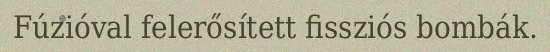
Fúzióval felerősített fissziós bombák.